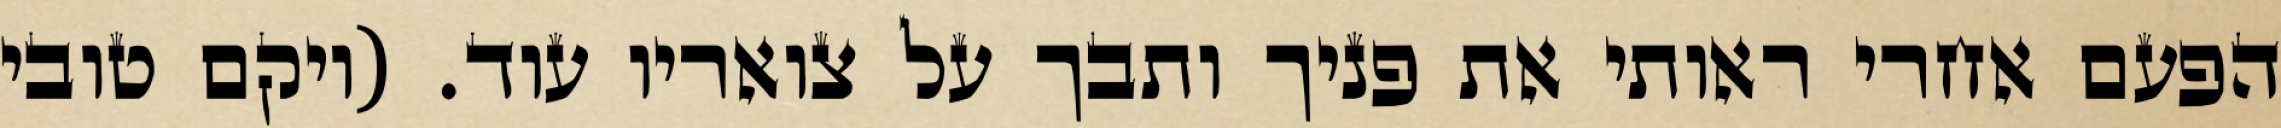
הפעם אחרי ראותי את פניך ותבך על צואריו עוד. (ויקם טובי